Problem: 15 ÷ 5 = ?
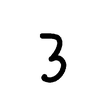
Handwritten answer: 3